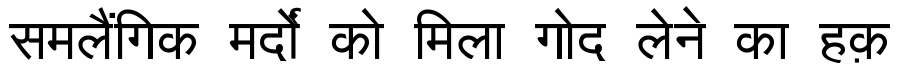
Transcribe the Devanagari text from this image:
समलैंगिक मर्दों को मिला गोद लेने का हक़